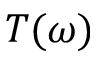
T ( \omega )